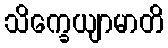
သိက္ခေယျာမာတိ